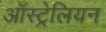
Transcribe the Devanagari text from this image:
आॅस्ट्रेलियन